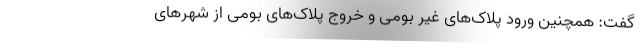
گفت: همچنین ورود پلاک‌های غیر بومی و خروج پلاک‌های بومی از شهر‌های